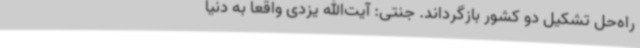
راه‌حل تشکیل دو کشور بازگرداند. جنتی: آیت‌الله یزدی واقعاً به دنیا